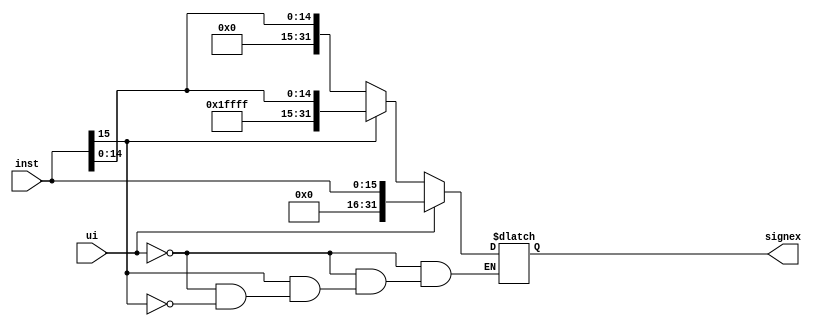
module sign_extend(
input ui,
input[15:0] inst,
output reg [31:0] signex);

always @ (ui, inst)
begin
if (ui == 1) signex = {16'b0000000000000000, inst};
else begin
if (inst[15] == 1) signex={16'b1111111111111111, inst};
if (inst[15] == 0) signex={16'b0000000000000000, inst};
end
end
endmodule